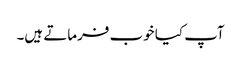
آپ کیا خوب فرماتے ہیں۔